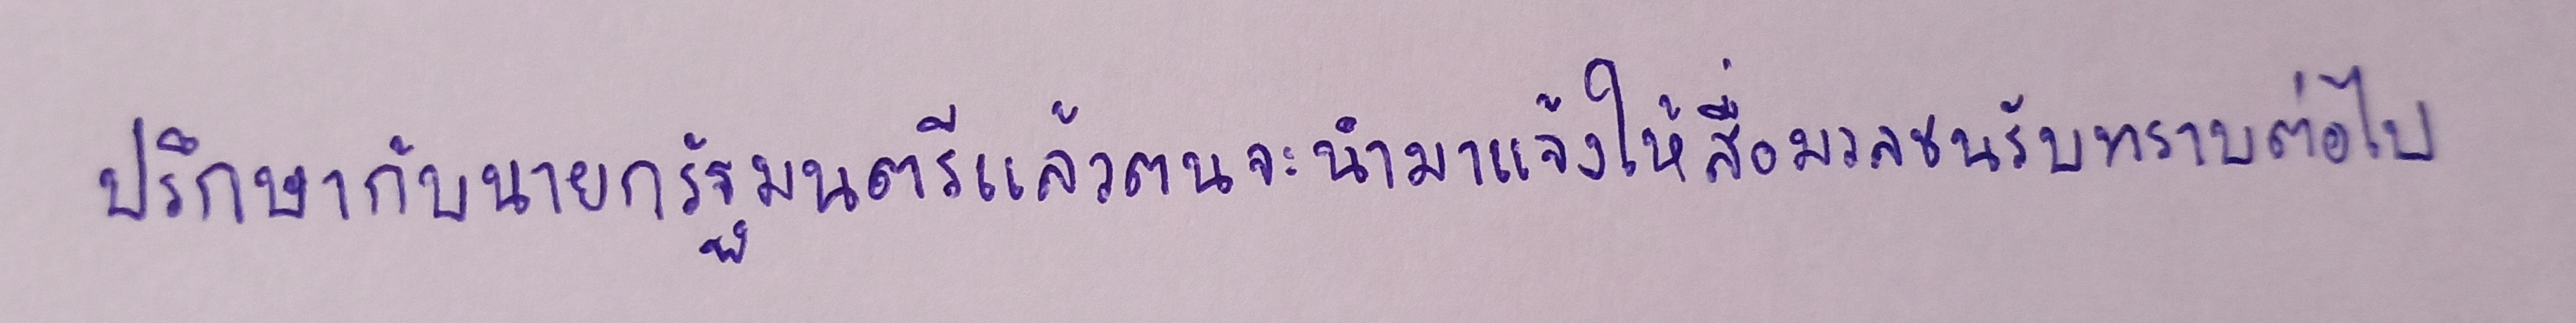
ปรึกษากับนายกรัฐมนตรีแล้วตนจะนำมาแจ้งให้สื่อมวลชนรับทราบต่อไป